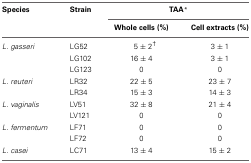
<table><thead><tr><td><b>Species</b></td><td><b>Strain</b></td><td colspan="2"><b>TAA<sup>*</sup></b></td></tr><tr><td></td><td></td><td><b>Whole cells (%)</b></td><td><b>Cell extracts (%)</b></td></tr></thead><tbody><tr><td><i>L. gasseri</i></td><td>LG52</td><td>5 ± 2<sup>†</sup></td><td>3 ± 1</td></tr><tr><td></td><td>LG102</td><td>16 ± 4</td><td>3 ± 1</td></tr><tr><td></td><td>LG123</td><td>0</td><td>0</td></tr><tr><td><i>L. reuteri</i></td><td>LR32</td><td>22 ± 5</td><td>23 ± 7</td></tr><tr><td></td><td>LR34</td><td>15 ± 3</td><td>14 ± 3</td></tr><tr><td><i>L. vaginalis</i></td><td>LV51</td><td>32 ± 8</td><td>21 ± 4</td></tr><tr><td></td><td>LV121</td><td>0</td><td>0</td></tr><tr><td><i>L. fermentum</i></td><td>LF71</td><td>0</td><td>0</td></tr><tr><td></td><td>LF72</td><td>0</td><td>0</td></tr><tr><td><i>L. casei</i></td><td>LC71</td><td>13 ± 4</td><td>15 ± 2</td></tr></tbody></table>